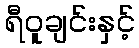
ရီဝူချင်းနှင့်